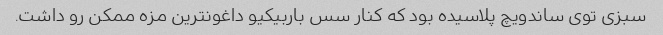
سبزی توی ساندویچ پلاسیده بود که کنار سس باربیکیو داغونترین مزه ممکن رو داشت.